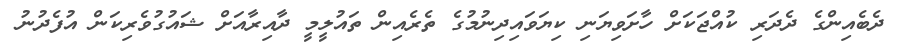
ދެބެއިންގެ ދެދަރި ކުއްޖަކަށް ހާށަވިޔަނި ކިޔަވައިދިނުމުގެ ތެރެއިން ތައުލީމީ ދާއިރާއަށް ޝައުގުވެރިކަން އުފެދުނު